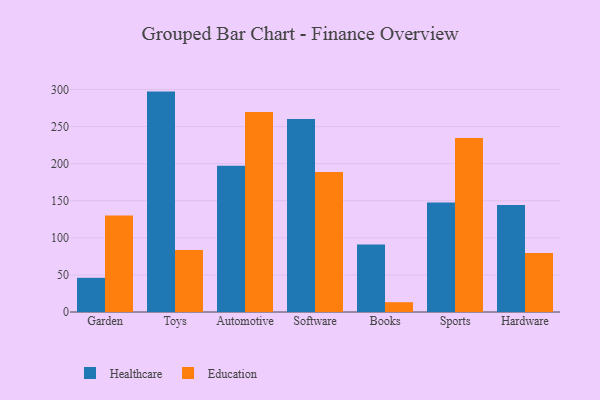
{"axis": {"x": "Category", "y": "LTV (USD)"}, "legend": ["Education", "Healthcare"], "data": [{"x": "Garden", "y": 46.1, "type": "Healthcare"}, {"x": "Garden", "y": 130.2, "type": "Education"}, {"x": "Toys", "y": 297.1, "type": "Healthcare"}, {"x": "Toys", "y": 83.7, "type": "Education"}, {"x": "Automotive", "y": 197.0, "type": "Healthcare"}, {"x": "Automotive", "y": 269.7, "type": "Education"}, {"x": "Software", "y": 260.0, "type": "Healthcare"}, {"x": "Software", "y": 188.8, "type": "Education"}, {"x": "Books", "y": 91.1, "type": "Healthcare"}, {"x": "Books", "y": 13.2, "type": "Education"}, {"x": "Sports", "y": 147.7, "type": "Healthcare"}, {"x": "Sports", "y": 234.4, "type": "Education"}, {"x": "Hardware", "y": 144.1, "type": "Healthcare"}, {"x": "Hardware", "y": 79.4, "type": "Education"}]}